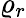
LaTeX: \varrho_{r}